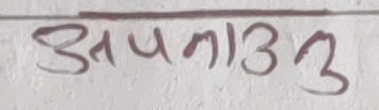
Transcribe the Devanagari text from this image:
अपनाउनु